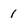
Character: 1